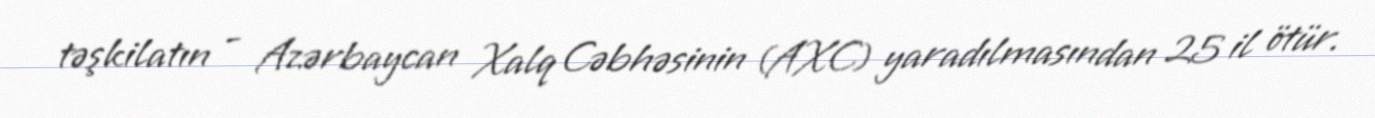
təşkilatın - Azərbaycan Xalq Cəbhəsinin (AXC) yaradılmasından 25 il ötür.